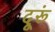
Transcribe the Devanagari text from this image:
दूरूं